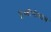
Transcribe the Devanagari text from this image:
पृथ्वीगोलास